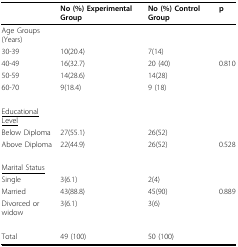
<table><thead><tr><td></td><td><b>No (%) Experimental Group</b></td><td><b>No (%) Control Group</b></td><td><b>p</b></td></tr></thead><tbody><tr><td>Age Groups (Years)</td><td></td><td></td><td></td></tr><tr><td>30-39</td><td>10(20.4)</td><td>7(14)</td><td></td></tr><tr><td>40-49</td><td>16(32.7)</td><td>20 (40)</td><td>0.810</td></tr><tr><td>50-59</td><td>14(28.6)</td><td>14(28)</td><td></td></tr><tr><td>60-70</td><td>9(18.4)</td><td>9 (18)</td><td></td></tr><tr><td><underline>Educational Level</underline></td><td></td><td></td><td></td></tr><tr><td>Below Diploma</td><td>27(55.1)</td><td>26(52)</td><td></td></tr><tr><td>Above Diploma</td><td>22(44.9)</td><td>26(52)</td><td>0.528</td></tr><tr><td><underline>Marital Status</underline></td><td></td><td></td><td></td></tr><tr><td>Single</td><td>3(6.1)</td><td>2(4)</td><td></td></tr><tr><td>Married</td><td>43(88.8)</td><td>45(90)</td><td>0.889</td></tr><tr><td>Divorced or widow</td><td>3(6.1)</td><td>3(6)</td><td></td></tr><tr><td>Total</td><td>49 (100)</td><td>50 (100)</td><td></td></tr></tbody></table>